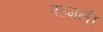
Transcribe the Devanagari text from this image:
पहमली